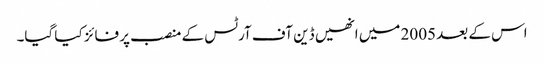
اس کے بعد 2005 میں انھیں ڈین آف آرٹس کے منصب پر فائز کیا گیا۔